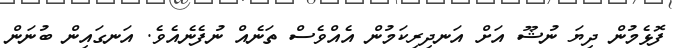
ފޮޅެމުން ދިޔަ ނުޝޫ އަށް އަނދިރިކަމުން އެއްވެސް ތަނެއް ނުފެނެއެވެ. އަނގައިން ބުނަން